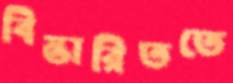
বিস্তারিততে